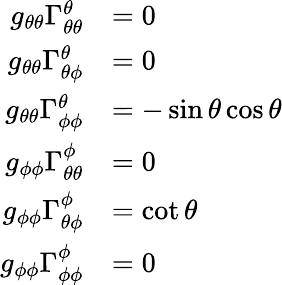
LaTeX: \begin{array}{rl}{g_{\theta\theta}\Gamma_{\theta\theta}^{\theta}}&{=0}\\ {g_{\theta\theta}\Gamma_{\theta\phi}^{\theta}}&{=0}\\ {g_{\theta\theta}\Gamma_{\phi\phi}^{\theta}}&{=-\sin\theta\cos\theta}\\ {g_{\phi\phi}\Gamma_{\theta\theta}^{\phi}}&{=0}\\ {g_{\phi\phi}\Gamma_{\theta\phi}^{\phi}}&{=\cot\theta}\\ {g_{\phi\phi}\Gamma_{\phi\phi}^{\phi}}&{=0}\end{array}